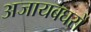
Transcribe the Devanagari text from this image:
अजायबघरों